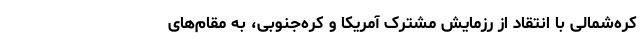
کره‌شمالی با انتقاد از رزمایش مشترک آمریکا و کره‌جنوبی، به مقام‌های